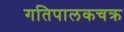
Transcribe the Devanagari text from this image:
गतिपालकचक्र